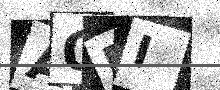
Text: AOPI